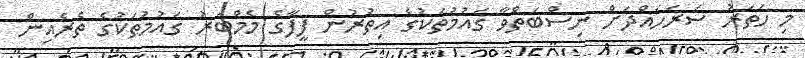
މި ހަތަރު ސަރަހައްދަށް ނިސްބަތްވާ ގައުމުތަކުގެ އިތުރުން ފީފާގެ މެމްބަރު ގައުމުތަކުގެ ތެރެއިން